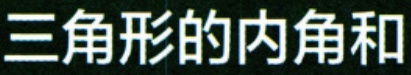
三角形的内角和